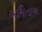
અમિતાબ